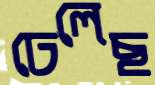
ঢেলেছ